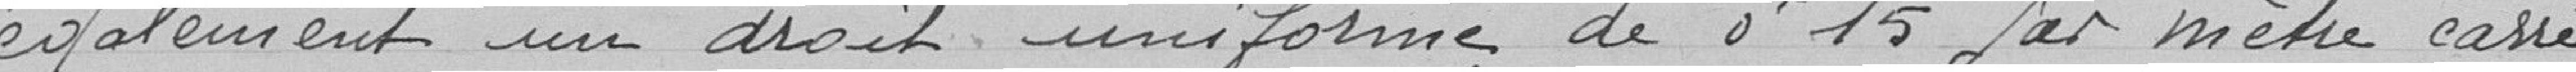
règlements de l'Octroi, déduction faite des frais (art. 84 de l'ordon-